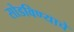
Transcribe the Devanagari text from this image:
सोडविण्याचे